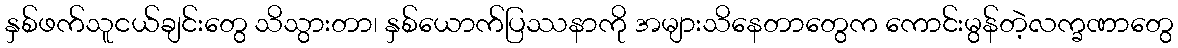
နှစ်ဖက်သူငယ်ချင်းတွေ သိသွားတာ၊ နှစ်ယောက်ပြဿနာကို အများသိနေတာတွေက ကောင်းမွန်တဲ့လက္ခဏာတွေ